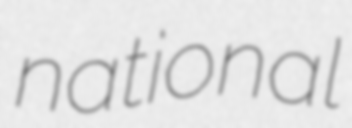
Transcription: national